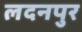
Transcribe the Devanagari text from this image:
लदनपुर